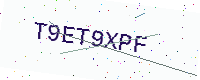
Text: T9ET9XPF